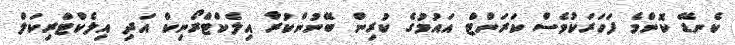
ކެނޑޭ ކޮންމެ ފަހަރަކުވެސް ކަރަންޓް އައުމުގެ ކުރިން ބޭނުންކުރާ އިލެކްޓްރޯނިކް އަދި އިލެކްޓްރިކަލް